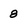
Character: 8